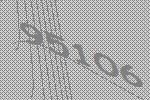
95106